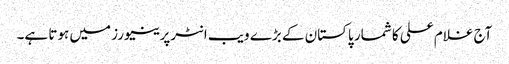
آج غلام علی کا شمار پاکستان کے بڑے ویب انٹرپرینیورز میں ہوتا ہے۔